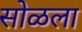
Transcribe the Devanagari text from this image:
सोळला